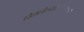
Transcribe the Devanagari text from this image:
घेतलेल्यास्त्रियामध्ये